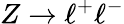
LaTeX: Z\rightarrow\ell^{+}\ell^{-}